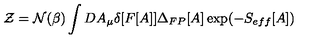
{ \cal Z } = { \cal N } ( \beta ) \int D A _ { \mu } \delta [ F [ A ] ] \Delta _ { F P } [ A ] \exp ( - S _ { e f f } [ A ] )